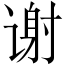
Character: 谢